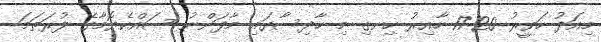
މިއަދު ހަވީރު 17:20 ހާއިރު ހިނގި މި ހާދިސާގައި މާފަންނު ސައްކެޔޮމާގެ ފުރަތަމަ